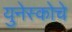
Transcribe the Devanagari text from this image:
युनेस्‍कोचे